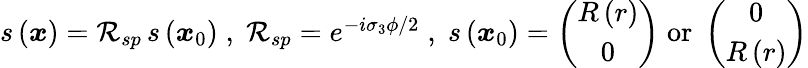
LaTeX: \begin{array}{r}{s\left(\boldsymbol{x}\right)=\mathcal{R}_{sp}\, s\left(\boldsymbol{x}_{0}\right)\; ,\; \mathcal{R}_{sp}=e^{-i\sigma_{3}\phi/2}\; ,\; s\left(\boldsymbol{x}_{0}\right)=\left(\begin{array}{c}{R\left(r\right)}\\ {0}\end{array}\right)\; \mathrm{or}\; \left(\begin{array}{c}{0}\\ {R\left(r\right)}\end{array}\right)}\end{array}